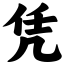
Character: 凭